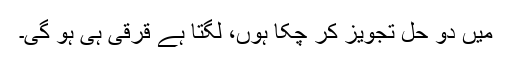
میں دو حل تجویز کر چکا ہوں، لگتا ہے قرقی ہی ہو گی۔